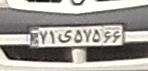
۷۱ی۵۷۵۶۶